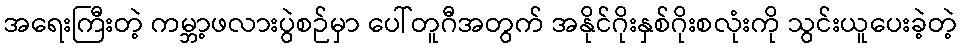
အရေးကြီးတဲ့ ကမ္ဘာ့ဖလားပွဲစဉ်မှာ ပေါ်တူဂီအတွက် အနိုင်ဂိုးနှစ်ဂိုးစလုံးကို သွင်းယူပေးခဲ့တဲ့